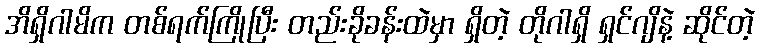
အိရှိဂါမိက တစ်ရက်ကြိုပြီး တည်းခိုခန်းထဲမှာ ရှိတဲ့ တိုဂါရှိ ရှင်ဂျိနဲ့ ဆိုင်တဲ့